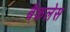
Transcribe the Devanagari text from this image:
बैकलेस